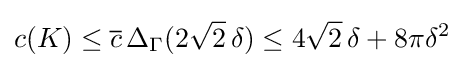
c(K)\leq {\overline {c}}\,\Delta _{\Gamma }(2{\sqrt {2}}\,\delta )\leq 4{\sqrt {2}}\,\delta +8\pi \delta ^{2}